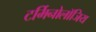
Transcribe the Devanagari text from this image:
टर्मिनोलॉजिय